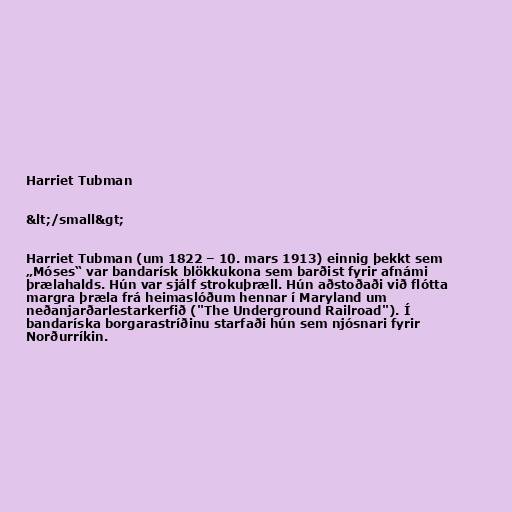
Harriet Tubman

&lt;/small&gt;

Harriet Tubman (um 1822 – 10. mars 1913) einnig þekkt sem
„Móses“ var bandarísk blökkukona sem barðist fyrir afnámi
þrælahalds. Hún var sjálf strokuþræll. Hún aðstoðaði við flótta
margra þræla frá heimaslóðum hennar í Maryland um
neðanjarðarlestarkerfið ("The Underground Railroad"). Í
bandaríska borgarastríðinu starfaði hún sem njósnari fyrir
Norðurríkin.